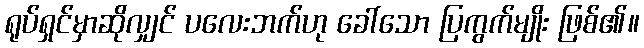
ရုပ်ရှင်မှာဆိုလျှင် ပလေးဘက်ဟု ခေါ်သော ပြကွက်မျိုး ဖြစ်၏။